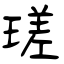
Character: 瑳